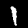
Digit: 1